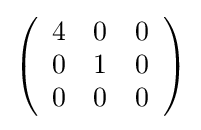
{\textstyle \left({\begin{array}{rrr}4&0&0\\0&1&0\\0&0&0\\\end{array}}\right)}